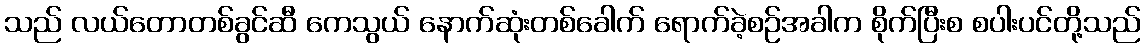
သည် လယ်တောတစ်ခွင်ဆီ ကေသွယ် နောက်ဆုံးတစ်ခေါက် ရောက်ခဲ့စဉ်အခါက စိုက်ပြီးစ စပါးပင်တို့သည်